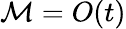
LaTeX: \mathcal{M}=O(t)